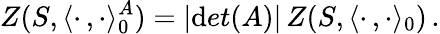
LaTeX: Z(S,\langle\cdot\, ,\cdot\rangle_{0}^{A})=|\mathrm{d}et(A)|\, Z(S,\langle\cdot\, ,\cdot\rangle_{0})\, .